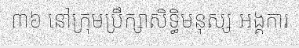
៣៦ នៅក្រុមប្រឹក្សាសិទ្ធិមនុស្ស អង្គការ